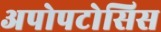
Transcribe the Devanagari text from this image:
अपोपटोसिस